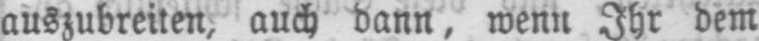
auszubreiten, auch dann, wenn Ihr dem